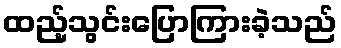
ထည့်သွင်းပြောကြားခဲ့သည်